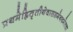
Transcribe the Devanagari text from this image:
प्रथमेह्नितृतीयेवासप्तमेनवमेतथा